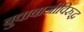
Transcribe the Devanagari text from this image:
बुवाबाजीविरुद्ध